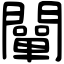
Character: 闡